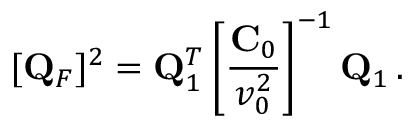
[ { \bf Q } _ { F } ] ^ { 2 } = { \bf Q } _ { 1 } ^ { T } \left[ \frac { { \bf C } _ { 0 } } { v _ { 0 } ^ { 2 } } \right] ^ { - 1 } { \bf Q } _ { 1 } \, .